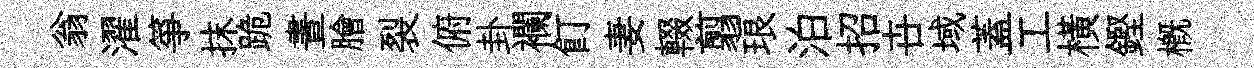
翁濯箏抹跪晝膾裂俯卦襴飣妻輟翦琅泊招卋域蓋工橫鏗槪